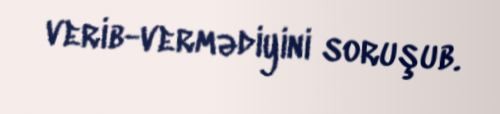
verib-vermədiyini soruşub.